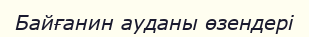
Байғанин ауданы өзендері